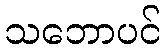
သဘောပင်